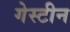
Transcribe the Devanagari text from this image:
गेस्टीन